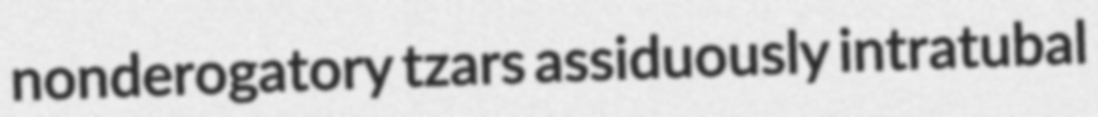
nonderogatory tzars assiduously intratubal